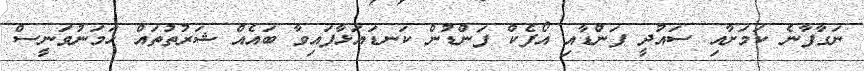
ނަގާފާނެ ކަމަށާއި ސައުދީ ފަންޑާއި އޯފެކް ފަންޑުން ކަނޑައަޅާފައިވާ ބައެއް ޝަރުތުތައް ހަމަނުވަނީސް